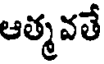
ఆత్మ వతే